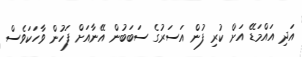
އަދިި އައްމަޑޭ އަށް ކުރި ފުން އަސަރުގެ ސަބަބުން އޭނާއަށް ފަހުން ވާހަކަވެސް